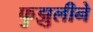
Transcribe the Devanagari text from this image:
फुझुलीने